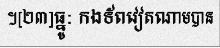
។[២៣]ធ្នូ: កងទ័ពវៀតណាមបាន